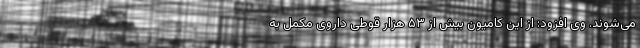
می‌شوند. وی افزود: از این کامیون بیش از ۵۳ هزار قوطی داروی مکمل به